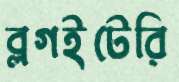
ব্লগইটেরি